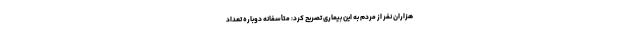
هزاران نفر از مردم به این بیماری تصریح کرد: متأسفانه دوباره تعداد